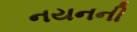
નયનની